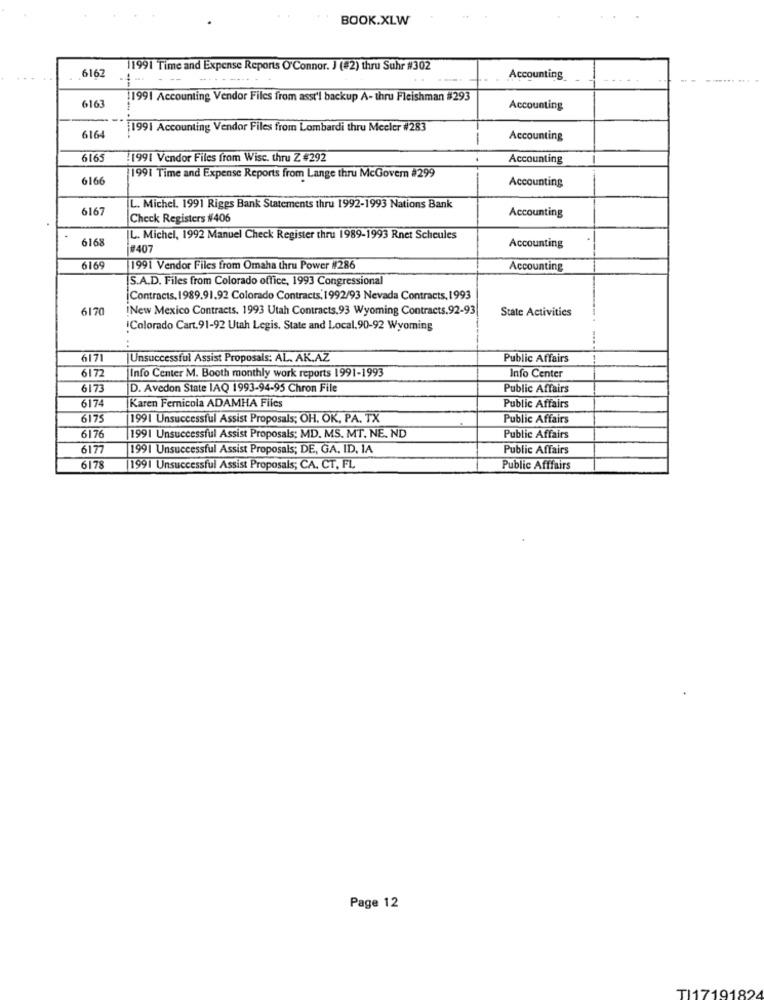
BOOK.XLW
11991 Time and Expense Reports O'Connor. J (#2) thru Suhr #302
6167
:- ---
-
..
----
Accounting
11991 Accounting Vendor Files from asst'l backup A- thru Fleishman #293
6163
Accounting
1991 Accounting Vendor Files from Lombardi thru Mecler #283
616
-
Accounting
6165
.1991 Vendor Files from Wise. thru Z #292
Accounting
6166
1991 Time and Expense Reports from Lange thru McGovern #299
Accounting
6167
L. Michel. 1991 Riggs Bank Statements thru 1992-1993 Nations Bank
Accounting
Check Registers #406
6168
L. Michel, 1992 Manuel Check Register thru 1989-1993 Rnet Scheules
#407
Accounting
6169
1991 Vendor Files from Omaha thru Power #286
Accounting
[S.A.D. Files from Colorado office, 1993 Congressional
¡Contracts, 1989.91.92 Colorado Contracts, 1992/93 Nevada Contracts, 1993
6170
!New Mexico Contracts. 1993 Utah Contracts.93 Wyoming Contracts.92-93
State Activities
:Colorado Cart.91-92 Utah Legis. State and Local.90-92 Wyoming
-..
6171
Unsuccessful Assist Proposals: AL. AK.AZ
Public Affairs
6172
Info Center
Info Center M. Booth monthly work reports 1991-1993
6173
D. Avedon State IAQ 1993-94-95 Chron File
Public Affairs
6174
Karen Fernicola ADAMHA Files
Public Affairs
6175
1991 Unsuccessful Assist Proposals; OH. OK, PA. TX
Public Affairs
6176
1991 Unsuccessful Assist Proposals: MD. MS. MT. NE. ND
Public Affairs
6177
1991 Unsuccessful Assist Proposals; DE, GA. ID, IA
Public Affairs
6178
1991 Unsuccessful Assist Proposals; CA. CT, FL
Public Afffairs
Page 12
TI1719182